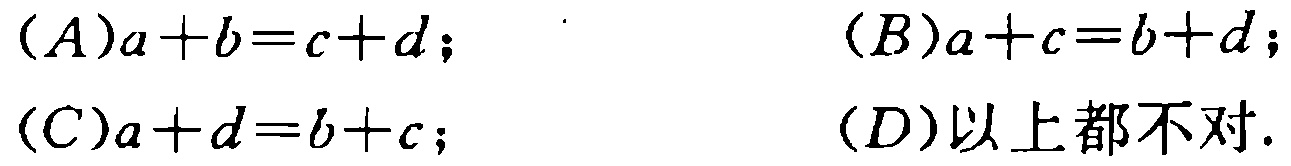
(A) \(a + b = c + d\);  (B) \(a + c = b + d\);

(C) \(a + d = b + c\);  (D) 以上都不对.